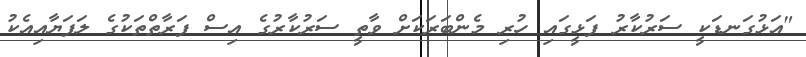
"އަޅުގަނޑަކީ ސަރުކާރު ފަޅީގައި ހުރި މެންބަރަކަށް ވާތީ ސަރުކާރުގެ އިސް ފަރާތްތަކުގެ ލަފަޔާއިއެކު